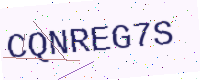
Text: CQNREG7S